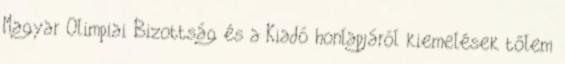
Magyar Olimpiai Bizottság és a Kiadó honlapjáról kiemelések tőlem